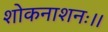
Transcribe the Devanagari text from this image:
शोकनाशनः।।